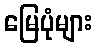
မြေပုံများ